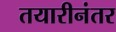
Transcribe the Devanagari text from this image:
तयारीनंतर